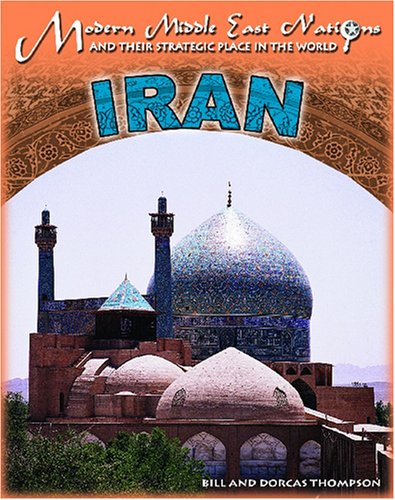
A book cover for Iran (Modern Middle East Nations and Their Strategic Place in the); William Mark Habeeb; Teen & Young Adult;